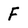
Character: F